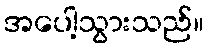
အပေါ့သွားသည်။